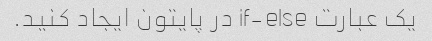
یک عبارت if-else در پایتون ایجاد کنید.